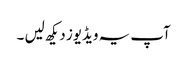
آپ یہ ویڈیوز دیکھ لیں ۔